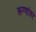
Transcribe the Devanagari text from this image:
रूग्णांवर